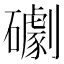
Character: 𥗌